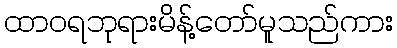
ထာဝရဘုရားမိန့်တော်မူသည်ကား